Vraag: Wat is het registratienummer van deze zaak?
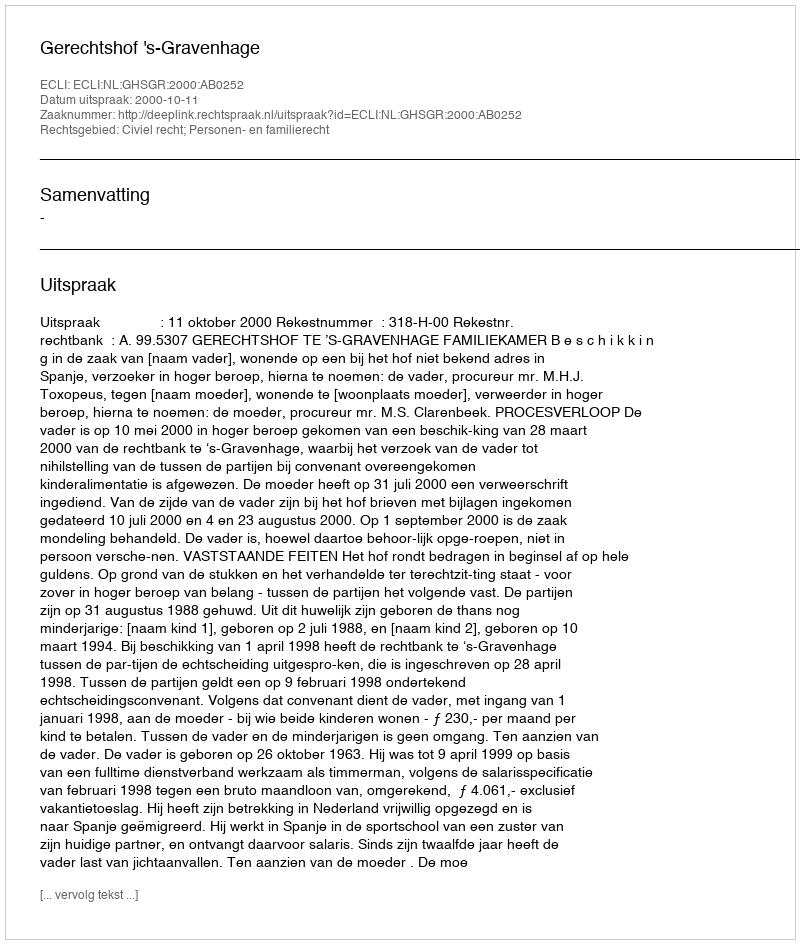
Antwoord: http://deeplink.rechtspraak.nl/uitspraak?id=ECLI:NL:GHSGR:2000:AB0252